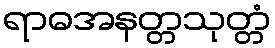
ရာဓအနတ္တသုတ္တံ